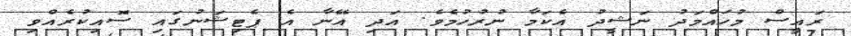
ރައީސް މުހައްމަދު ނަޝީދު އެކަމާ ނުރުހުމެވެ. އަދި އޭނާ އެ ޕެޓިޝަނުގައި ސޮއިކުރެއްވި